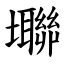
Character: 壣